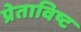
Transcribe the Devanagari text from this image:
प्रेताविष्ट